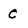
Character: C